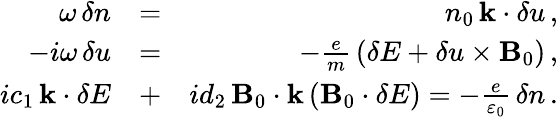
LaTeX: \begin{array}{rlr}{\omega\, \delta n}&{=}&{n_{0}\, {\mathbf k}\cdot{\mathbf\delta u}\, ,}\\ {-i\omega\, {\mathbf\delta u}}&{=}&{-\frac{e}{m}\, \left({\mathbf\delta E}+{\mathbf\delta u}\times{\mathbf B}_{0}\right)\, ,}\\ {ic_{1}\, {\mathbf k}\cdot{\mathbf\delta E}}&{+}&{id_{2}\, {\mathbf B}_{0}\cdot{\mathbf k}\left({\mathbf B}_{0}\cdot{\mathbf\delta E}\right)=-\frac{e}{\varepsilon_{0}}\, \delta n\, .}\end{array}